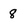
Character: 8